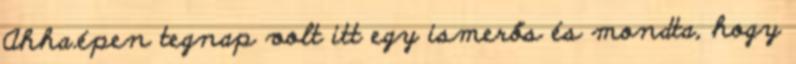
Ahha.épen tegnap volt itt egy ismerős és mondta, hogy